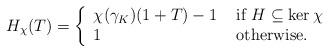
LaTeX: \begin{align*}H_{\chi}(T) = \left\{\begin{array}{ll} \chi(\gamma_{K})(1+T)-1 & \mbox{ if } H \subseteq \ker \chi\\1 & \mbox{ otherwise.} \end{array}\right.\end{align*}